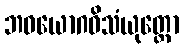
ဘဝယောဂဝိသံယုတ္တော